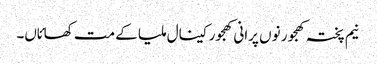
نیم پختہ کھجور نو‏‏ں پرانی کھجور کینال ملیا ک‏ے مت کھائاں۔